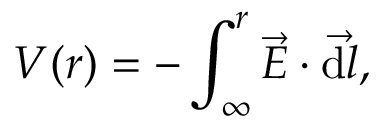
V ( r ) = - \int _ { \cal \infty } ^ { r } \vec { E } \cdot \vec { \mathrm { d } l } ,